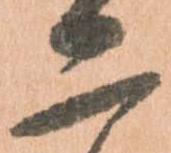
二